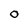
Character: O